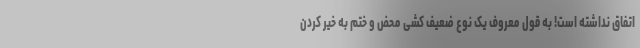
اتفاق نداشته است! به قول معروف یک نوع ضعیف کشی محض و ختم به خیر کردن